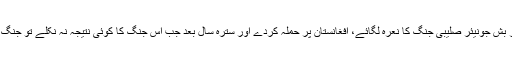
اور چاہے تو میڈیا پر آکر امریکی صدر بش جونیئر صلیبی جنگ کا نعرہ لگائے، افغانستان پر حملہ کردے اور سترہ سال بعد جب اس جنگ کا کوئی نتیجہ نہ نکلے تو جنگ سے نکلنے کا آسان راستہ تلاش کرے۔